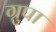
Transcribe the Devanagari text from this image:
ग्रुपा